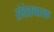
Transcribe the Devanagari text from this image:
संदेशधारक